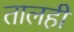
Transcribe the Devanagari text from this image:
तालही